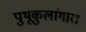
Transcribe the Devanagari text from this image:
पुथूकुलांगारा